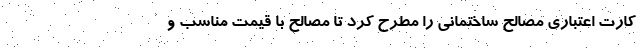
کارت اعتباری مصالح ساختمانی را مطرح کرد تا مصالح با قیمت مناسب و